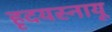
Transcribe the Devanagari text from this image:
हृदयस्नायू